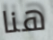
هنا